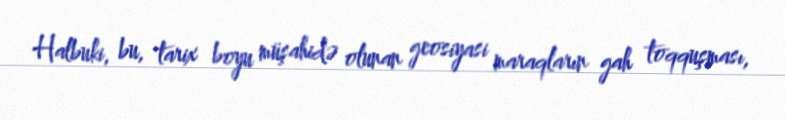
Halbuki, bu, tarix boyu müşahidə olunan geosiyasi maraqların gah toqquşması,